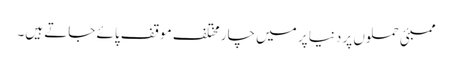
ممبئی حملوں پر دنیا پر میں چار مختلف موقف پائے جاتے ہیں۔